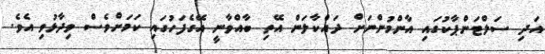
އަދި ސަލްޓަންޕާކުގައި އާންމުންނަށް ދައްކާލަން އޭތި ބާއްވާނީ އޭގެފަހުގައި ކަމަށްވެސް ވިދާޅުވި އެވެ.